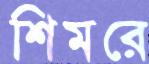
শিমরে